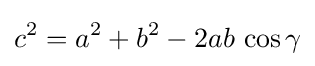
c^{2}=a^{2}+b^{2}-2ab\,\cos \gamma